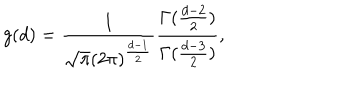
g ( d ) = \frac { 1 } { \sqrt { \pi } ( 2 \pi ) ^ { \frac { d - 1 } { 2 } } } \frac { \Gamma ( \frac { d - 2 } { 2 } ) } { \Gamma ( \frac { d - 3 } { 2 } ) } ,